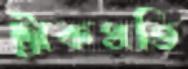
ট্রাকপ্রতি